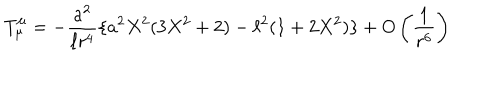
T _ { \mu } ^ { \mu } = - \frac { a ^ { 2 } } { \ell r ^ { 4 } } \{ a ^ { 2 } X ^ { 2 } ( 3 X ^ { 2 } + 2 ) - \ell ^ { 2 } ( 1 + 2 X ^ { 2 } ) \} + O \left( \frac { 1 } { r ^ { 6 } } \right)